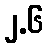
၂.၆